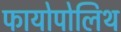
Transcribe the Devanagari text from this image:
फायोपोलिथ